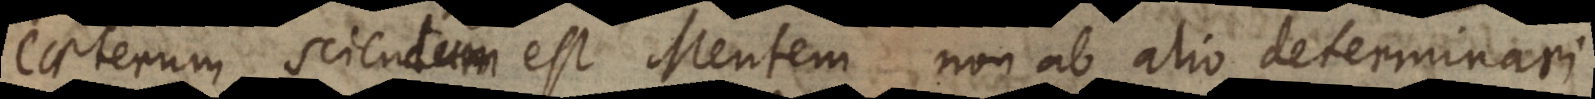
Caeterum sciendum est Mentem non ab alio determinari